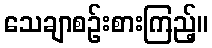
သေချာစဉ်းစားကြည့်။